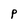
Character: P